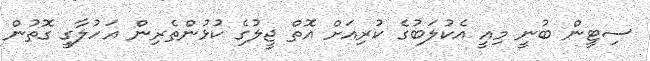
ސިޓީން ބުނީ މިއީ އެކުލަބުގެ ކުރިއަށް އޮތް ޖީލުގެ ކުޅުންތެރިން އަހުލާގީ ގޮތުން